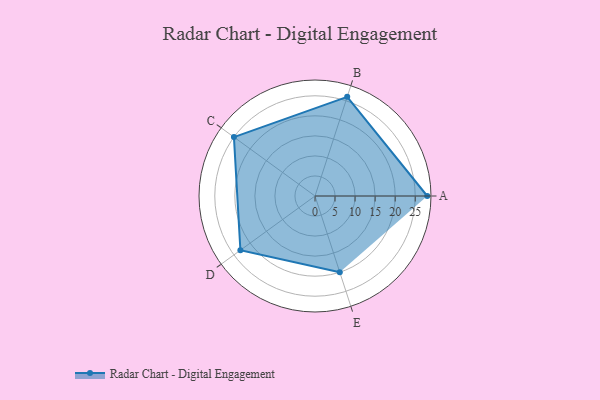
{"axis": {"x": "Skill", "y": "Score"}, "legend": ["Profile"], "data": [{"x": "A", "y": 28.0, "type": "Profile"}, {"x": "B", "y": 26.0, "type": "Profile"}, {"x": "C", "y": 25.0, "type": "Profile"}, {"x": "D", "y": 23.0, "type": "Profile"}, {"x": "E", "y": 20.0, "type": "Profile"}]}